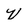
Character: V